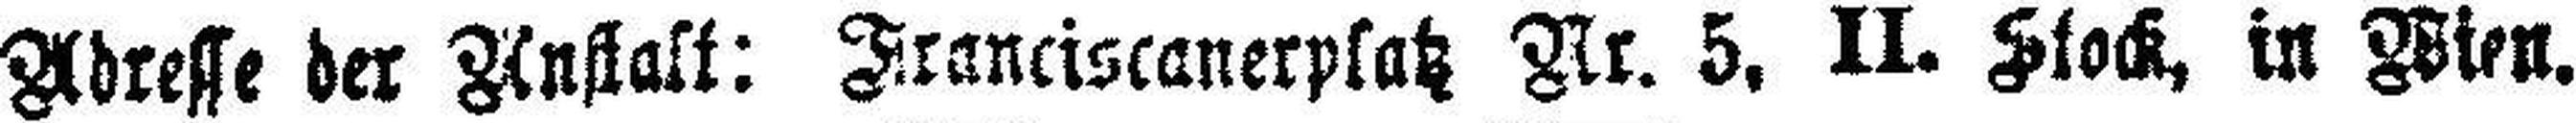
Adresse der Anstalt: Francircanerplatz Nr. 5, II. Stock, in Wien.